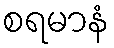
စရမာနံ